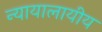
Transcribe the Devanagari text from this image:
न्यायालायीय